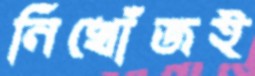
নিখোঁজই